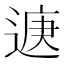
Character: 𮞨